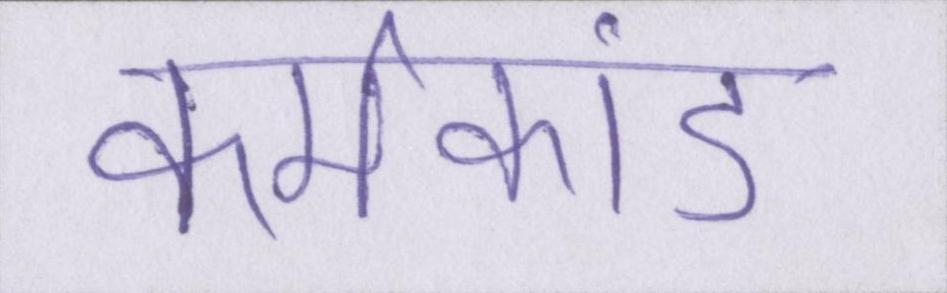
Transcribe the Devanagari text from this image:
कर्मकांड